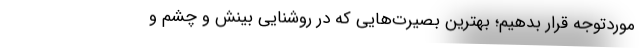
موردتوجه قرار بدهیم؛ بهترین بصیرت‌هایی که در روشنایی بینش و چشم و